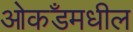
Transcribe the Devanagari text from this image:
ओकॅंडमधील